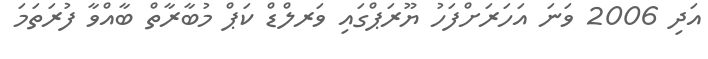
އަދި 2006 ވަނަ އަހަރަށްފަހު ޔޫރަޕްގައި ވަރލްޑް ކަޕް މުބާރާތް ބާއްވާ ފުރަތަމަ